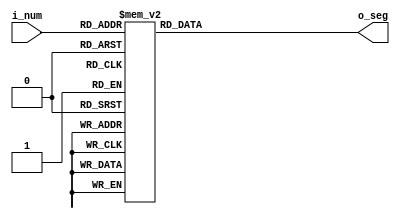
//------------------------------------------------------------
// Project: HYBRID_CONTROL
//------------------------------------------------------------
// Description:
// This file contains the modules for interfacing with the 
// 7-segment displays. 
// On Altera DE4, 0 corresponds to segment ON
// 
// hex2seg:
//    transform an exadecimal number to corresponding segments
//    from 0 to F + Z for the dash '-'. it does not manage the
//    decimal point
// 
// dec2hex:
//    take a two digit decimal number and output the corresponding
//    hexadecimal representation which can be then transformed 
//    into the segments to turn ON
// 
// 
//    8bit = {dp,g,f,e,d,c,b,a}
//    
//        ---a---
//              
//       f       b
//              
//        ---g--- 
//              
//       e       c
//              
//        ---d---  dp
// 
//     0    1    2    3    4    5    6    7    8    9
//     _         _    _         _    _    _    _    _  
//    | |    |   _|   _|  |_|  |_   |_     |  |_|  |_| 
//    |_|    |  |_    _|    |   _|  |_|    |  |_|   _| 
//    
//     A    B    C    D    E    F    Z
//     _         _         _    _       
//    |_|  |_   |     _|  |_   |_    _  
//    | |  |_|  |_   |_|  |_   |        
//------------------------------------------------------------

module hex2seg (
   output [6:0] o_seg,
   input  [3:0] i_num
);

reg [6:0] seg;

assign o_seg = seg;

always @(i_num) begin
case(i_num)
      4'h0: seg <= 7'b1000000;
      4'h1: seg <= 7'b1111001;
      4'h2: seg <= 7'b0100100;
      4'h3: seg <= 7'b0110000;
      4'h4: seg <= 7'b0011001;
      4'h5: seg <= 7'b0010010;
      4'h6: seg <= 7'b0000010;
      4'h7: seg <= 7'b1111000;
      4'h8: seg <= 7'b0000000;
      4'h9: seg <= 7'b0010000;
      4'hA: seg <= 7'b0001000;
      4'hB: seg <= 7'b0000011;
      4'hC: seg <= 7'b1000110;
      4'hD: seg <= 7'b0100001;
      4'hE: seg <= 7'b0000110;
      4'hF: seg <= 7'b0001110;
      default: seg <= 7'b0111111; // '-'
endcase
end

endmodule

module dec2hex (
   output [7:0] o_seg,
   input  [7:0] i_dec
);

reg    [7:0] str;
assign o_seg = str;

always @( i_dec ) begin

case(i_dec)
   8'd0  : str = 8'h00;
   8'd1  : str = 8'h01;
   8'd2  : str = 8'h02;
   8'd3  : str = 8'h03;
   8'd4  : str = 8'h04;
   8'd5  : str = 8'h05;
   8'd6  : str = 8'h06;
   8'd7  : str = 8'h07;
   8'd8  : str = 8'h08;
   8'd9  : str = 8'h09;
   8'd10 : str = 8'h10;
   8'd11 : str = 8'h11;
   8'd12 : str = 8'h12;
   8'd13 : str = 8'h13;
   8'd14 : str = 8'h14;
   8'd15 : str = 8'h15;
   8'd16 : str = 8'h16;
   8'd17 : str = 8'h17;
   8'd18 : str = 8'h18;
   8'd19 : str = 8'h19;
   8'd20 : str = 8'h20;
   8'd21 : str = 8'h21;
   8'd22 : str = 8'h22;
   8'd23 : str = 8'h23;
   8'd24 : str = 8'h24;
   8'd25 : str = 8'h25;
   8'd26 : str = 8'h26;
   8'd27 : str = 8'h27;
   8'd28 : str = 8'h28;
   8'd29 : str = 8'h29;
   8'd30 : str = 8'h30;
   8'd31 : str = 8'h31;
   8'd32 : str = 8'h32;
   8'd33 : str = 8'h33;
   8'd34 : str = 8'h34;
   8'd35 : str = 8'h35;
   8'd36 : str = 8'h36;
   8'd37 : str = 8'h37;
   8'd38 : str = 8'h38;
   8'd39 : str = 8'h39;
   8'd40 : str = 8'h40;
   8'd41 : str = 8'h41;
   8'd42 : str = 8'h42;
   8'd43 : str = 8'h43;
   8'd44 : str = 8'h44;
   8'd45 : str = 8'h45;
   8'd46 : str = 8'h46;
   8'd47 : str = 8'h47;
   8'd48 : str = 8'h48;
   8'd49 : str = 8'h49;
   8'd50 : str = 8'h50;
   8'd51 : str = 8'h51;
   8'd52 : str = 8'h52;
   8'd53 : str = 8'h53;
   8'd54 : str = 8'h54;
   8'd55 : str = 8'h55;
   8'd56 : str = 8'h56;
   8'd57 : str = 8'h57;
   8'd58 : str = 8'h58;
   8'd59 : str = 8'h59;
   8'd60 : str = 8'h60;
   8'd61 : str = 8'h61;
   8'd62 : str = 8'h62;
   8'd63 : str = 8'h63;
   8'd64 : str = 8'h64;
   8'd65 : str = 8'h65;
   8'd66 : str = 8'h66;
   8'd67 : str = 8'h67;
   8'd68 : str = 8'h68;
   8'd69 : str = 8'h69;
   8'd70 : str = 8'h70;
   8'd71 : str = 8'h71;
   8'd72 : str = 8'h72;
   8'd73 : str = 8'h73;
   8'd74 : str = 8'h74;
   8'd75 : str = 8'h75;
   8'd76 : str = 8'h76;
   8'd77 : str = 8'h77;
   8'd78 : str = 8'h78;
   8'd79 : str = 8'h79;
   8'd80 : str = 8'h80;
   8'd81 : str = 8'h81;
   8'd82 : str = 8'h82;
   8'd83 : str = 8'h83;
   8'd84 : str = 8'h84;
   8'd85 : str = 8'h85;
   8'd86 : str = 8'h86;
   8'd87 : str = 8'h87;
   8'd88 : str = 8'h88;
   8'd89 : str = 8'h89;
   8'd90 : str = 8'h90;
   8'd91 : str = 8'h91;
   8'd92 : str = 8'h92;
   8'd93 : str = 8'h93;
   8'd94 : str = 8'h94;
   8'd95 : str = 8'h95;
   8'd96 : str = 8'h96;
   8'd97 : str = 8'h97;
   8'd98 : str = 8'h98;
   8'd99 : str = 8'h99;
   default: str = 8'hZ;
endcase

end

endmodule

// left here for compatibility for the moment
module dec2seg (
   output [7:0] o_seg,
   input  [7:0] i_dec
);

reg    [7:0] str;
assign o_seg = str;

always @( i_dec ) begin

case(i_dec)
   8'd0  : str = 8'h00;
   8'd1  : str = 8'h01;
   8'd2  : str = 8'h02;
   8'd3  : str = 8'h03;
   8'd4  : str = 8'h04;
   8'd5  : str = 8'h05;
   8'd6  : str = 8'h06;
   8'd7  : str = 8'h07;
   8'd8  : str = 8'h08;
   8'd9  : str = 8'h09;
   8'd10 : str = 8'h10;
   8'd11 : str = 8'h11;
   8'd12 : str = 8'h12;
   8'd13 : str = 8'h13;
   8'd14 : str = 8'h14;
   8'd15 : str = 8'h15;
   8'd16 : str = 8'h16;
   8'd17 : str = 8'h17;
   8'd18 : str = 8'h18;
   8'd19 : str = 8'h19;
   8'd20 : str = 8'h20;
   8'd21 : str = 8'h21;
   8'd22 : str = 8'h22;
   8'd23 : str = 8'h23;
   8'd24 : str = 8'h24;
   8'd25 : str = 8'h25;
   8'd26 : str = 8'h26;
   8'd27 : str = 8'h27;
   8'd28 : str = 8'h28;
   8'd29 : str = 8'h29;
   8'd30 : str = 8'h30;
   8'd31 : str = 8'h31;
   8'd32 : str = 8'h32;
   8'd33 : str = 8'h33;
   8'd34 : str = 8'h34;
   8'd35 : str = 8'h35;
   8'd36 : str = 8'h36;
   8'd37 : str = 8'h37;
   8'd38 : str = 8'h38;
   8'd39 : str = 8'h39;
   8'd40 : str = 8'h40;
   8'd41 : str = 8'h41;
   8'd42 : str = 8'h42;
   8'd43 : str = 8'h43;
   8'd44 : str = 8'h44;
   8'd45 : str = 8'h45;
   8'd46 : str = 8'h46;
   8'd47 : str = 8'h47;
   8'd48 : str = 8'h48;
   8'd49 : str = 8'h49;
   8'd50 : str = 8'h50;
   8'd51 : str = 8'h51;
   8'd52 : str = 8'h52;
   8'd53 : str = 8'h53;
   8'd54 : str = 8'h54;
   8'd55 : str = 8'h55;
   8'd56 : str = 8'h56;
   8'd57 : str = 8'h57;
   8'd58 : str = 8'h58;
   8'd59 : str = 8'h59;
   8'd60 : str = 8'h60;
   8'd61 : str = 8'h61;
   8'd62 : str = 8'h62;
   8'd63 : str = 8'h63;
   8'd64 : str = 8'h64;
   8'd65 : str = 8'h65;
   8'd66 : str = 8'h66;
   8'd67 : str = 8'h67;
   8'd68 : str = 8'h68;
   8'd69 : str = 8'h69;
   8'd70 : str = 8'h70;
   8'd71 : str = 8'h71;
   8'd72 : str = 8'h72;
   8'd73 : str = 8'h73;
   8'd74 : str = 8'h74;
   8'd75 : str = 8'h75;
   8'd76 : str = 8'h76;
   8'd77 : str = 8'h77;
   8'd78 : str = 8'h78;
   8'd79 : str = 8'h79;
   8'd80 : str = 8'h80;
   8'd81 : str = 8'h81;
   8'd82 : str = 8'h82;
   8'd83 : str = 8'h83;
   8'd84 : str = 8'h84;
   8'd85 : str = 8'h85;
   8'd86 : str = 8'h86;
   8'd87 : str = 8'h87;
   8'd88 : str = 8'h88;
   8'd89 : str = 8'h89;
   8'd90 : str = 8'h90;
   8'd91 : str = 8'h91;
   8'd92 : str = 8'h92;
   8'd93 : str = 8'h93;
   8'd94 : str = 8'h94;
   8'd95 : str = 8'h95;
   8'd96 : str = 8'h96;
   8'd97 : str = 8'h97;
   8'd98 : str = 8'h98;
   8'd99 : str = 8'h99;
   default: str = 8'hZ;
endcase

end

endmodule

// take a 2 digit number and the decimal position
// directly output a string with the two segments
module num2seg (
   output [15:0] o_SEG,
   input   [7:0] i_num,
   input   [1:0] i_DP
);

wire [7:0] num_hex;
assign o_SEG[7] = i_DP[0];
assign o_SEG[15] = i_DP[1];

dec2hex dec2hex_inst (
   .o_seg(num_hex),
   .i_dec(i_num)
);

hex2seg hex2seg_0 (
   .o_seg(o_SEG[6:0]),
   .i_num(num_hex[3:0])
);

hex2seg hex2seg_1 (
   .o_seg(o_SEG[14:8]),
   .i_num(num_hex[7:4])
);


endmodule


// take a 2 digit number encoded in hexadecimal and the decimal position
// directly output a string with the two segments
module hex2seg_couple (
   output [15:0] o_SEG,
   input   [7:0] i_hex,
   input   [1:0] i_DP
);

assign o_SEG[7] = i_DP[0];
assign o_SEG[15] = i_DP[1];

hex2seg hex2seg_0 (
   .o_seg(o_SEG[6:0]),
   .i_num(i_hex[3:0])
);

hex2seg hex2seg_1 (
   .o_seg(o_SEG[14:8]),
   .i_num(i_hex[7:4])
);


endmodule